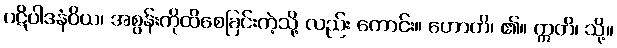
ပဋိပါဒနံဝိယ၊ အစွန်းကိုထိစေခြင်းကဲ့သို့ လည်း ကောင်း။ ဟောတိ၊ ၏။ ဣတိ၊ သို့။